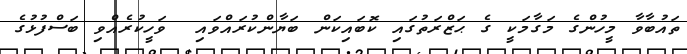
ތައުބާވާ މީހުންގެ މަގާމަކީ ގެ ޙަޒްރަތުގައި ކޮބައިކަން ބަޔާންކުރައްވައި  ވަހީކުރެއްވި ބަސްފުޅުގެ